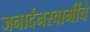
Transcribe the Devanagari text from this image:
जनार्दनस्वामींचे